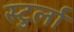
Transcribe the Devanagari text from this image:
स्टुर्ला